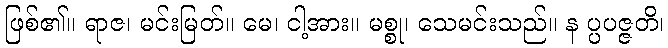
ဖြစ်၏။ ရာဇ၊ မင်းမြတ်။ မေ၊ ငါ့အား။ မစ္စု၊ သေမင်းသည်။ န ပ္ပပဇ္ဇတိ၊